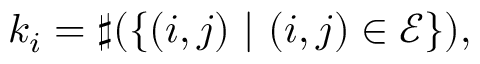
k _ { i } = \sharp ( \{ ( i , j ) ~ | ~ ( i , j ) \in \mathscr { E } \} ) ,